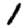
Digit: 1